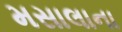
મસાલાના